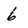
Character: 6